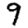
Digit: 9